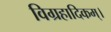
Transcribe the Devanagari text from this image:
विग्रहादिकम्।